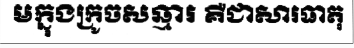
មក្នុងក្រូចសឆ្មារ គឺជាសារធាតុ